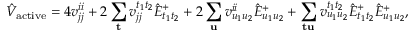
\hat { V } _ { \mathrm { a c t i v e } } = 4 v _ { j j } ^ { i i } + 2 \sum _ { \mathbf { t } } v _ { j j } ^ { t _ { 1 } t _ { 2 } } \hat { E } _ { t _ { 1 } t _ { 2 } } ^ { + } + 2 \sum _ { \mathbf { u } } v _ { u _ { 1 } u _ { 2 } } ^ { i i } \hat { E } _ { u _ { 1 } u _ { 2 } } ^ { + } + \sum _ { \mathbf { t } \mathbf { u } } v _ { u _ { 1 } u _ { 2 } } ^ { t _ { 1 } t _ { 2 } } \hat { E } _ { t _ { 1 } t _ { 2 } } ^ { + } \hat { E } _ { u _ { 1 } u _ { 2 } } ^ { + } ,